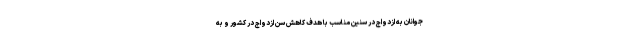
جوانان به ازدواج در سنین مناسب با هدف کاهش سن ازدواج در کشور و به